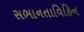
સભાનતાવિહિન